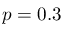
p = 0 . 3